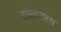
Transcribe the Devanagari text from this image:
रेप्लिकेटरस